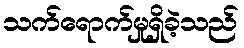
သက်ရောက်မှုရှိခဲ့သည်